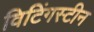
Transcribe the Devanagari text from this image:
विटिंगस्टीन